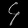
Digit: ၄